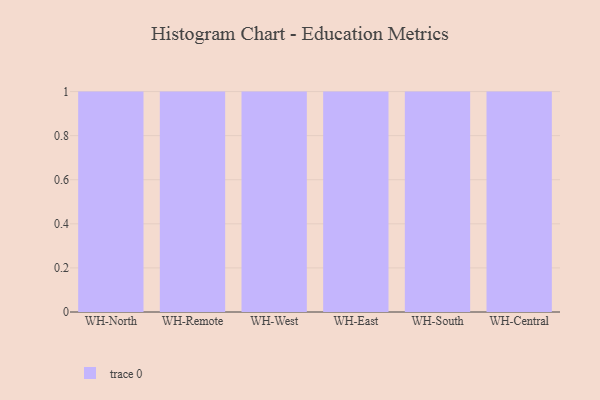
{"axis": {"x": "Warehouse", "y": "Headcount"}, "legend": [""], "data": [{"x": "WH-North", "y": 96, "type": ""}, {"x": "WH-Remote", "y": 80, "type": ""}, {"x": "WH-West", "y": 57, "type": ""}, {"x": "WH-East", "y": 30, "type": ""}, {"x": "WH-South", "y": 10, "type": ""}, {"x": "WH-Central", "y": 38, "type": ""}]}